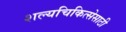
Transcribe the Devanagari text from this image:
शल्यचिकित्सेसाठी